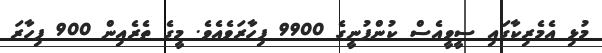
މުޅި އެމެރިކާގައި ސީވީއެސް ކުންފުނީގެ 9900 ފިހާރަވެއެވެ. މީގެ ތެރެއިން 900 ފިހާރަ